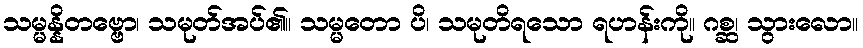
သမ္မန္နိတဗ္ဗော၊ သမုတ်အပ်၏။ သမ္မတော ပိ၊ သမုတိရသော ရဟန်းကို။ ဂစ္ဆ၊ သွားလော။